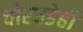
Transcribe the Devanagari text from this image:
चोरघडेही